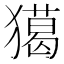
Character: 獦